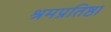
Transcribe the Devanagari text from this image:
श्रमप्रतिष्ठा